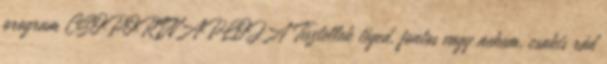
program CSOPORTNAPLÓJA Tisztellek téged, fontos vagy nekem, csakis rád